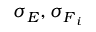
\sigma _ { E } , \sigma _ { \boldsymbol { F } _ { i } }